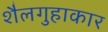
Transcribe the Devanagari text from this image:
शैलगुहाकार